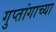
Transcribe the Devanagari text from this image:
गुप्तांगाच्या